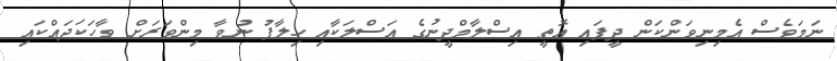
ނަމަވެސް އެމިނިވަންކަން ދީފައި އޮތީ އިސްލާމްދީނުގެ އަސްލަކާއި ހިލާފު ނުވާ މިންވަރަށް ވާހަކަދައްކައި